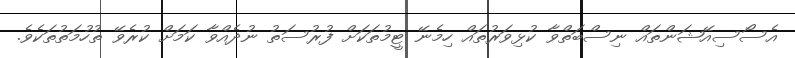
އެސޯސިއޭޝަންތައް ނިސްބަތްވާ ކުޅިވަރުތައް ހިމެނޭ ޓީމުތަކަށް ފުރުސަތު ނުދެއްވާ ކަމަށް ކުރެވޭ ތުހުމަތުތަކެވެ.